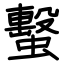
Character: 蟿